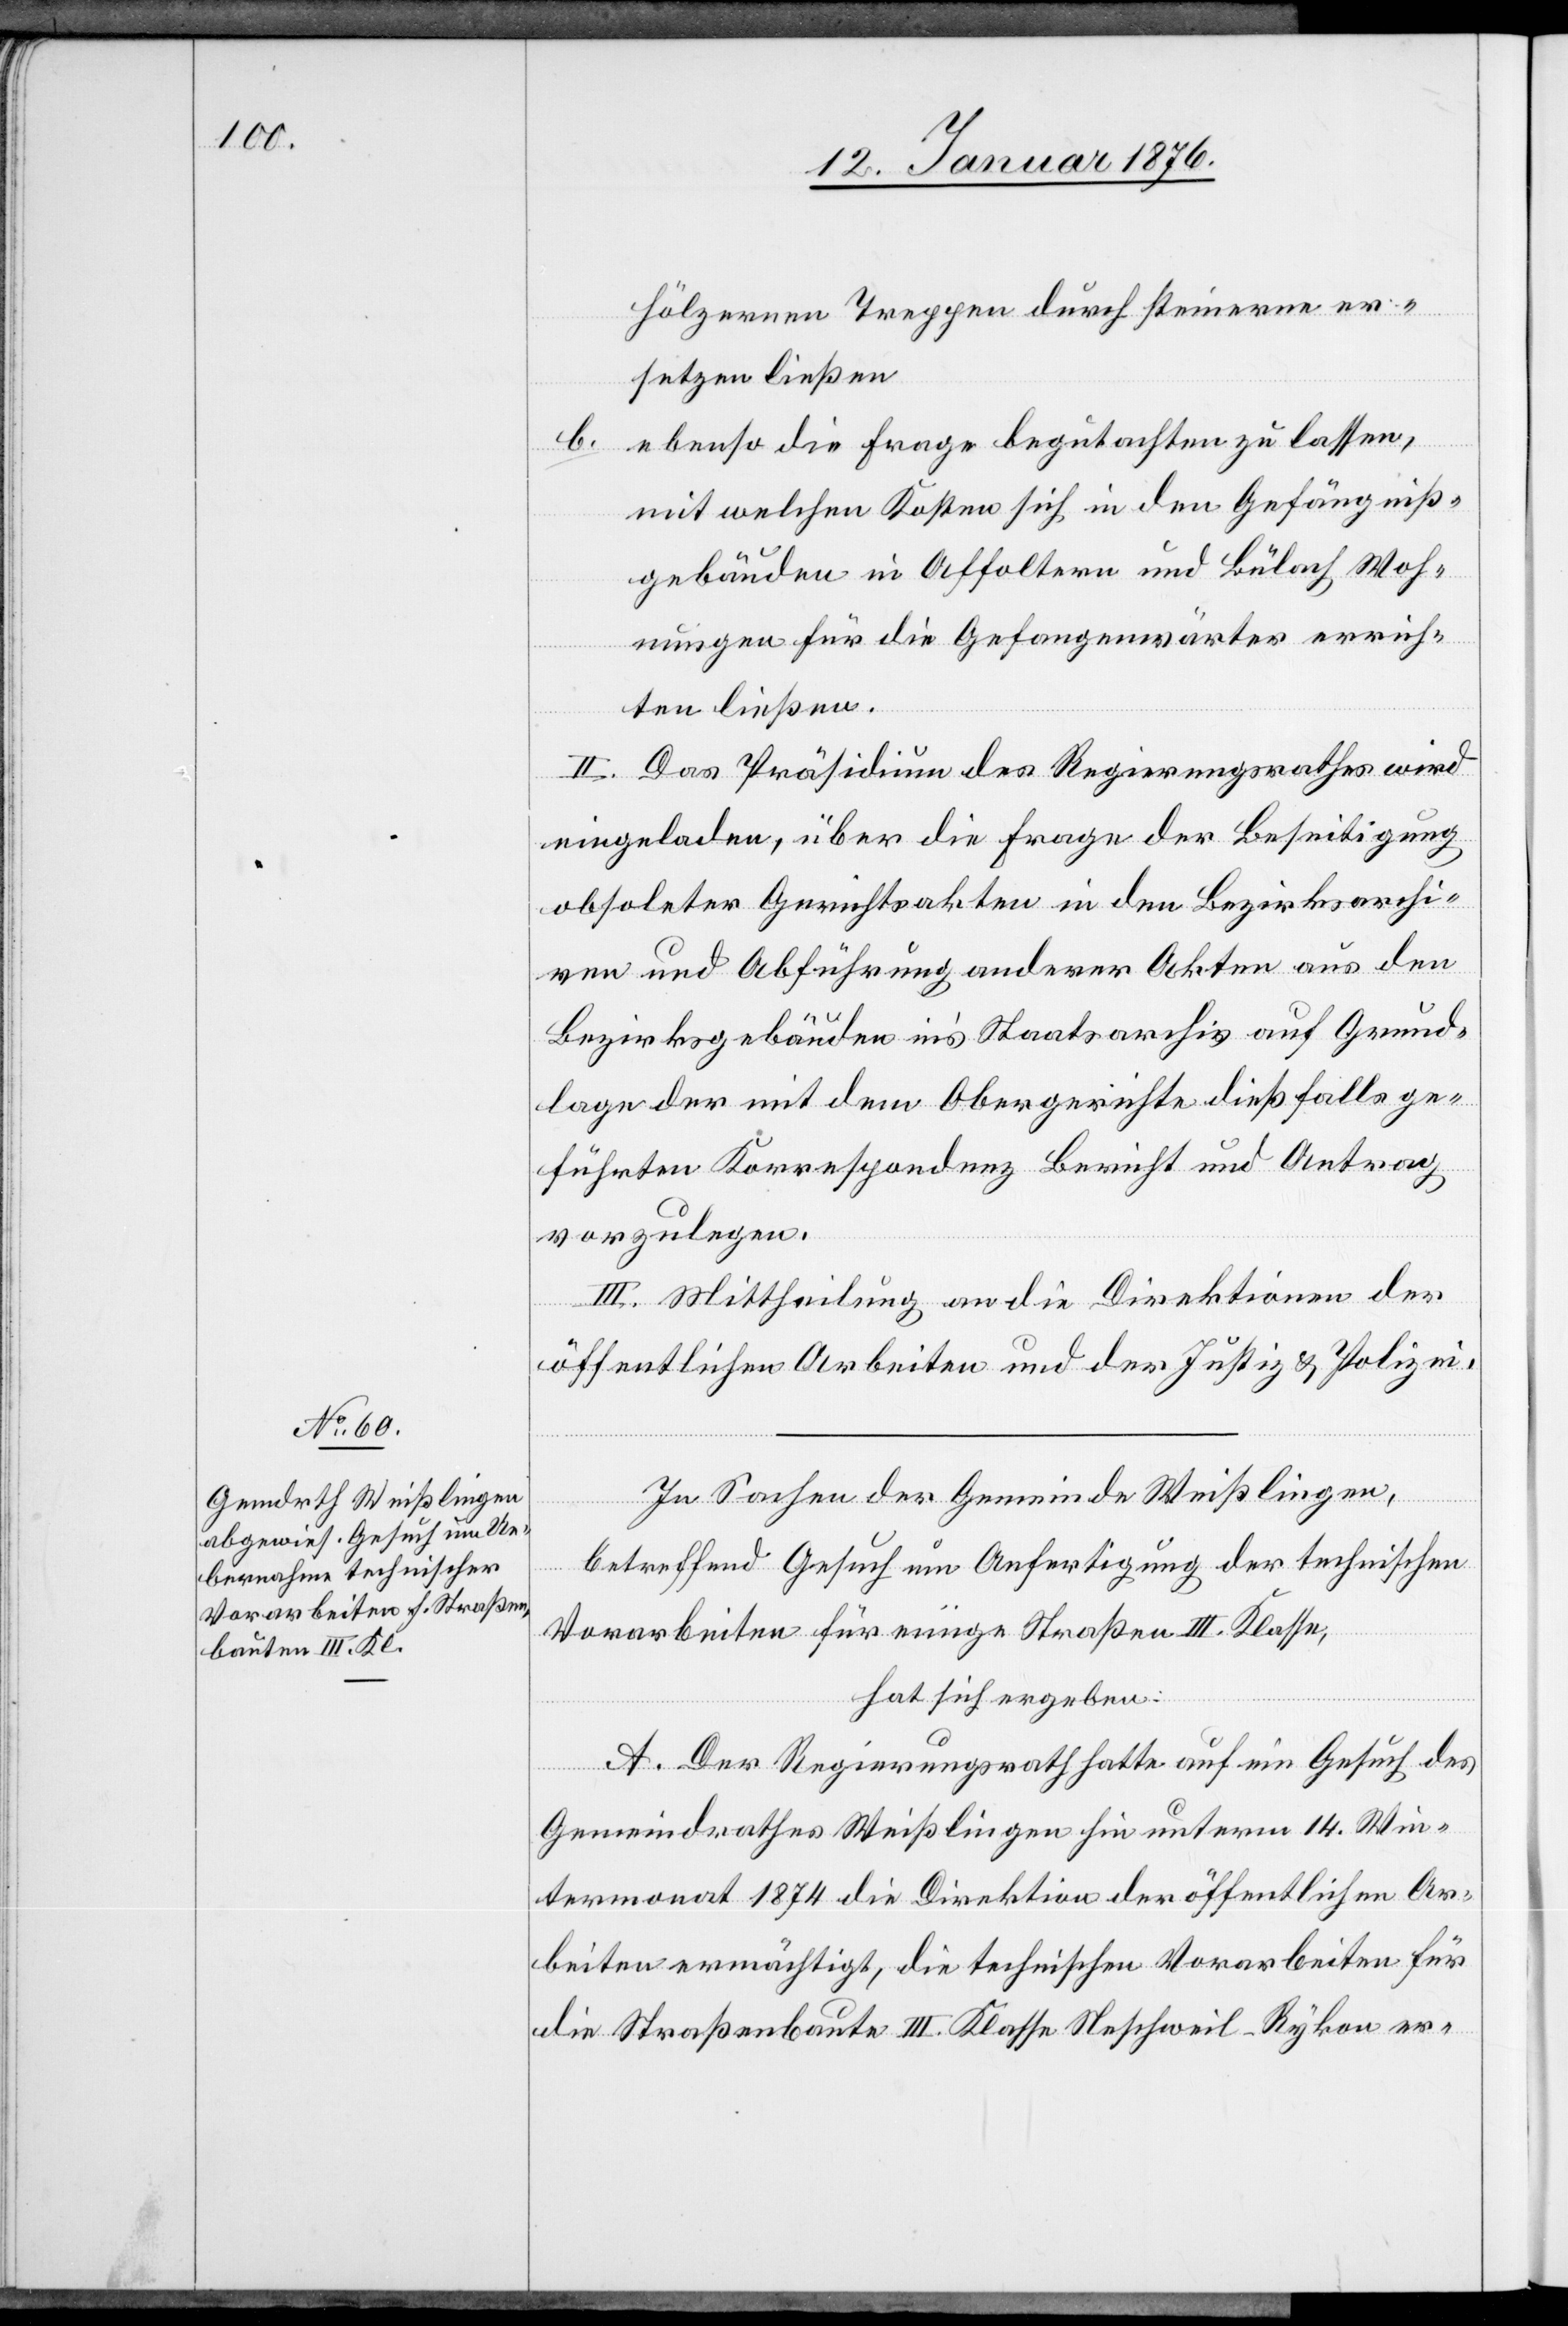
hölzernen Treppen durch steinerne er¬
setzen ließen
ebenso die Frage begutachten zu lassen,
b.
mit welchen Kosten sich in den Gefängniß¬
gebäuden in Affoltern und Bülach Woh¬
nungen für die Gefangenwärter errich¬
ten ließen.
II. Das Präsidium des Regierungsrathes wird
eingeladen, über die Frage der Beseitigung
obsoleter Gerichtsakten in den Bezirksarchi¬
ven und Abführung anderer Akten aus den
Bezirksgebäuden in’s Staatsarchiv auf Grund¬
lage der mit dem Obergerichte dießfalls ge¬
führten Korrespondenz Bericht und Antrag
vorzulegen.
III. Mittheilung an die Direktion der
öffentlichen Arbeiten und der Justiz u. Polizei.
In Sachen der Gemeinde Weißlingen,
betreffend Gesuch um Anfertigung der technischen
Vorarbeiten für einige Straßen III. Klasse,
hat sich ergeben:
A. Der Regierungsrath hatte auf ein Gesuch des
Gemeindrathes Weißlingen hin unterm 14. Win¬
termonat 1874 die Direktion der öffentlichen Ar¬
beiten ermächtigt, die technischen Vorarbeiten für
die Straßenbaute III. Klasse Neschweil-Rykon er-